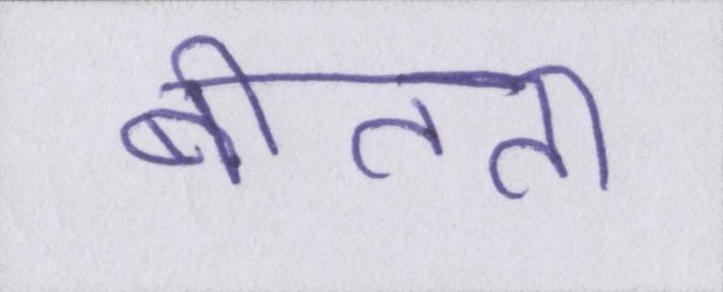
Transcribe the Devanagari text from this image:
बीतता